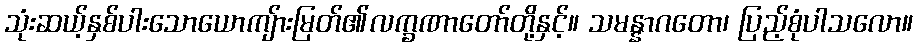
သုံးဆယ့်နှစ်ပါးသောယောကျ်ားမြတ်၏လက္ခဏာတော်တို့နှင့်။ သမန္နာဂတော၊ ပြည့်စုံပါသလော။